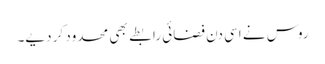
روس نے اسی دن فضائی رابطے بھی محدود کر دیے۔